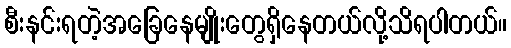
စီးနင်းရတဲ့အခြေနေမျိုးတွေရှိနေတယ်လို့သိရပါတယ်။